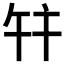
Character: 𢆏